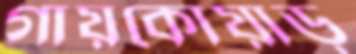
গায়কোয়াড়